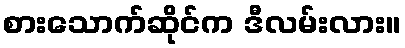
စားသောက်ဆိုင်က ဒီလမ်းလား။